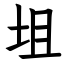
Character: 坥